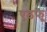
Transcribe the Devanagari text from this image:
एडफू